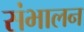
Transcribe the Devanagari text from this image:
संभालन